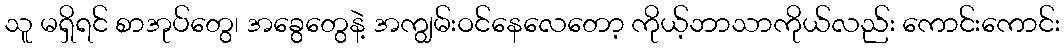
သူ မရှိရင် စာအုပ်တွေ၊ အခွေတွေနဲ့ အကျွမ်းဝင်နေလေတော့ ကိုယ့်ဘာသာကိုယ်လည်း ကောင်းကောင်း